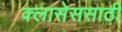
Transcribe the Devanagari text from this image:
क्लासेससाठी